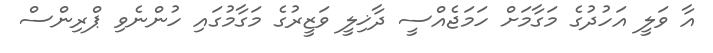
އާ ވަލީ އަހުދުގެ މަގާމަށް ހަމަޖެއްސީ ދާޚިލީ ވަޒީރުގެ މަގާމުގައި ހުންނެވި ޕްރިންސް